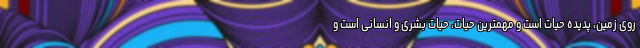
روی زمین، پدیده حیات است و مهمترین حیات، حیات بشری و انسانی است و